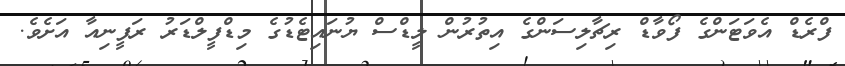
ފްރެޑް އެވަޓަންގެ ފޯވާޑް ރިޗާލިސަންގެ އިތުރުން ލީޑްސް ޔުނައިޓެޑުގެ މިޑްފީލްޑަރު ރަފީނިއާ އަށެވެ.